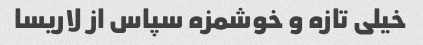
خیلی تازه و خوشمزه ‌سپاس از لاریسا